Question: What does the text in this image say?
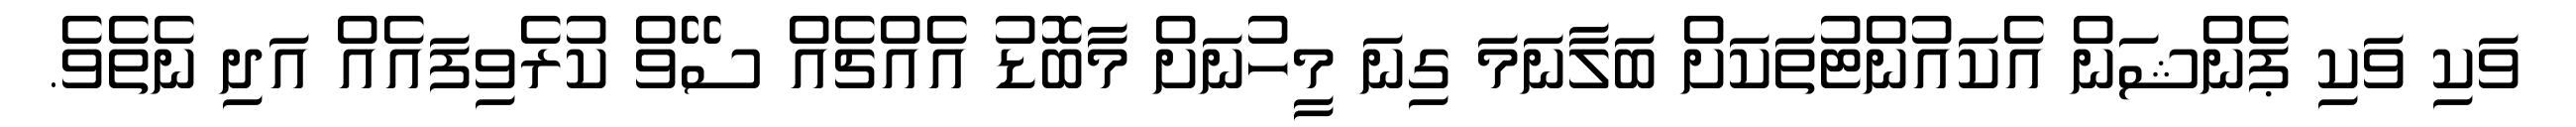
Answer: ވަކި ވަކި ޕެންޝަން އެކައުންޓުތަކަށް ބަލާނަމަ ގިނަ މީހުނަށް މާބޮޑު އެއްޗެއް ސޭވް ކުރެވިފައެއް އަދި ނެތެވެ.